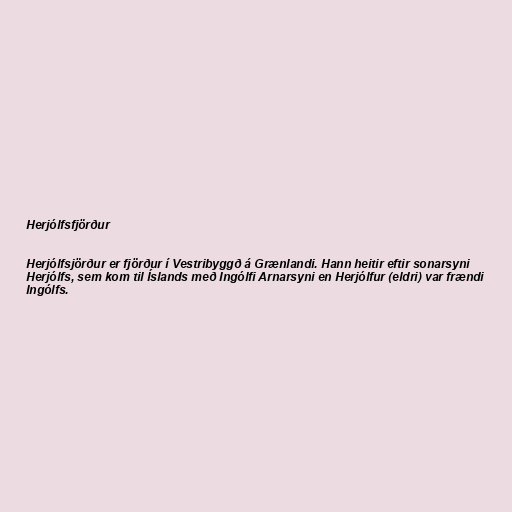
Herjólfsfjörður

Herjólfsjörður er fjörður í Vestribyggð á Grænlandi. Hann heitir eftir sonarsyni
Herjólfs, sem kom til Íslands með Ingólfi Arnarsyni en Herjólfur (eldri) var frændi
Ingólfs.